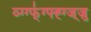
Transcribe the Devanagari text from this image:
व्ग्ग्फ्॑ग्फ्ह्ग्ज्जु